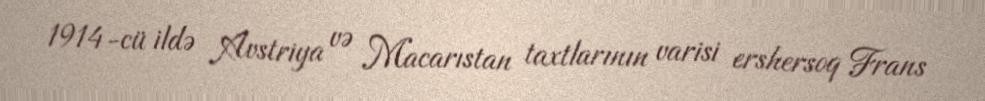
1914-cü ildə Avstriya və Macarıstan taxtlarının varisi ershersoq Frans